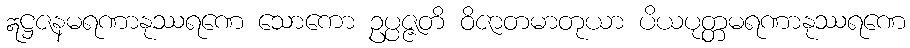
ဣဋ္ဌဇနမရဏာနုဿရဏေ သောကော ဥပ္ပဇ္ဇတိ ဝိဇာတမာတုယာ ပိယပုတ္တမရဏာနုဿရဏေ